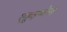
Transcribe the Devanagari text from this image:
एक़ुइप्मेन्त